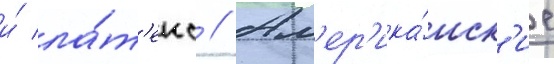
и́ ла́т'екс // Ам'ер'ика́нск'ие